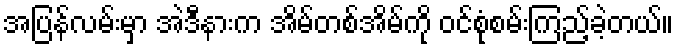
အပြန်လမ်းမှာ အဲဒီနားက အိမ်တစ်အိမ်ကို ဝင်စုံစမ်းကြည့်ခဲ့တယ်။